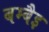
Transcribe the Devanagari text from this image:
बम्बैइ